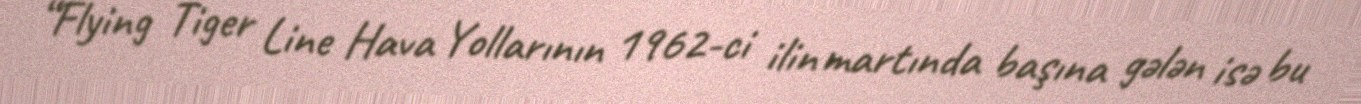
“Flying Tiger Line Hava Yollarının 1962-ci ilin martında başına gələn isə bu